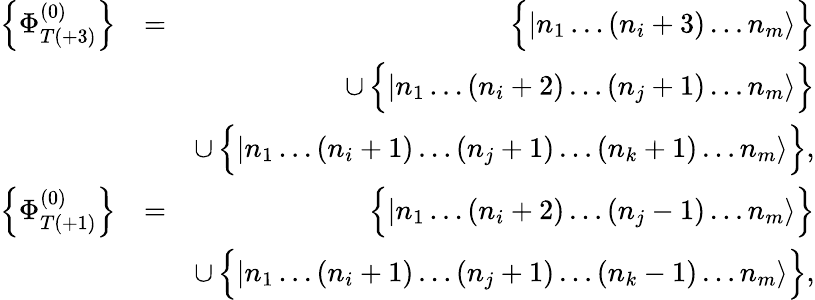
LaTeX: \begin{array}{rlr}{\left\{ \Phi_{T(+3)}^{(0)}\right\} }&{=}&{\Big\{ |n_{1}\dots(n_{i}+3)\dots n_{m}\rangle\Big\} }\\ &{}&{\cup\, \Big\{ |n_{1}\dots(n_{i}+2)\dots(n_{j}+1)\dots n_{m}\rangle\Big\} }\\ &{}&{\cup\, \Big\{ |n_{1}\dots(n_{i}+1)\dots(n_{j}+1)\dots(n_{k}+1)\dots n_{m}\rangle\Big\} ,}\\ {\left\{ \Phi_{T(+1)}^{(0)}\right\} }&{=}&{\Big\{ |n_{1}\dots(n_{i}+2)\dots(n_{j}-1)\dots n_{m}\rangle\Big\} }\\ &{}&{\cup\, \Big\{ |n_{1}\dots(n_{i}+1)\dots(n_{j}+1)\dots(n_{k}-1)\dots n_{m}\rangle\Big\} ,}\end{array}